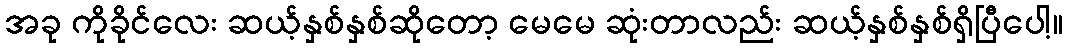
အခု ကိုခိုင်လေး ဆယ့်နှစ်နှစ်ဆိုတော့ မေမေ ဆုံးတာလည်း ဆယ့်နှစ်နှစ်ရှိပြီပေါ့။